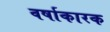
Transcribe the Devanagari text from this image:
वर्षाकारक